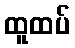
ထူထပ်